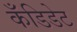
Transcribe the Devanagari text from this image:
कँडिडेट